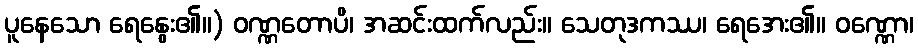
ပူနေသော ရေနွေး၏။) ဝဏ္ဏတောပိ၊ အဆင်းထက်လည်း။ သေတုဒကဿ၊ ရေအေး၏။ ဝဏ္ဏော၊